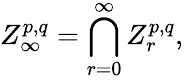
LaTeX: Z_{\infty}^{p,q}=\bigcap_{r=0}^{\infty}Z_{r}^{p,q},